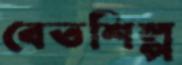
বেতশিল্প